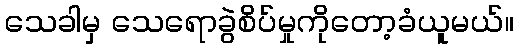
သေခါမှ သေရောခွဲစိပ်မှုကိုတော့ခံယူမယ်။